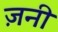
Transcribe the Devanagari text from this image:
ज़नी